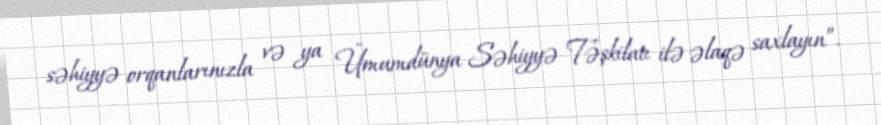
səhiyyə orqanlarınızla və ya Ümumdünya Səhiyyə Təşkilatı ilə əlaqə saxlayın”.